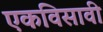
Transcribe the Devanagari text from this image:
एकविसावी